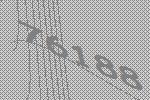
76188